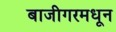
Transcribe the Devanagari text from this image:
बाजीगरमधून